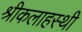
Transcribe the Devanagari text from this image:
श्रीकलाहस्थी